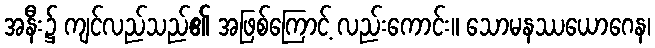
အနီး၌ ကျင်လည်သည်၏ အဖြစ်ကြောင့် လည်းကောင်း။ သောမနဿယောဂေန၊